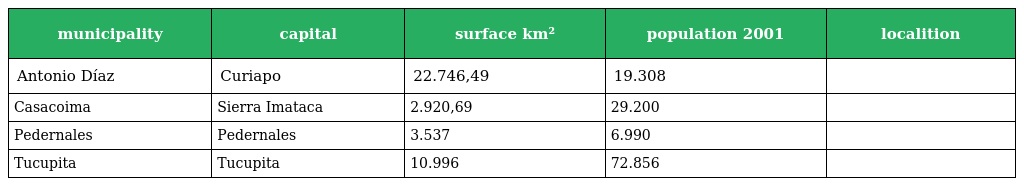
| municipality | capital | surface km² | population 2001 | localition |
 | --- | --- | --- | --- | --- |
 | Antonio Díaz | Curiapo | 22.746,49 | 19.308 |  |
 | Casacoima | Sierra Imataca | 2.920,69 | 29.200 |  |
 | Pedernales | Pedernales | 3.537 | 6.990 |  |
 | Tucupita | Tucupita | 10.996 | 72.856 |  |